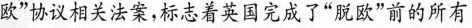
欧”协议相关法案，标志着英国完成了”脱欧”前的所有